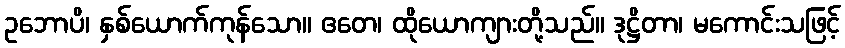
ဥဘောပိ၊ နှစ်ယောက်ကုန်သော။ ဧတေ၊ ထိုယောကျားတို့သည်။ ဒုဋ္ဌိတာ၊ မကောင်းသဖြင့်